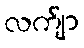
လက်ျာ